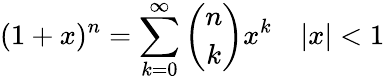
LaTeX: (1+x)^{n}=\sum_{k=0}^{\infty}{\binom{n}{k}}x^{k}\quad|x|<1